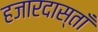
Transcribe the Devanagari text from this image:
हजारदास्ताँ